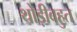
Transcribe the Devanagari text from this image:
थोड़ीबहुत